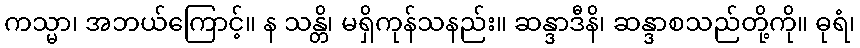
ကသ္မာ၊ အဘယ်ကြောင့်။ န သန္တိ၊ မရှိကုန်သနည်း။ ဆန္ဒာဒီနိ၊ ဆန္ဒာစသည်တို့ကို။ ဓုရံ၊